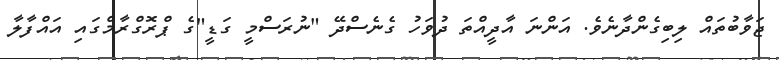
ޖަވާބުތައް ލިބިގެންދާނެވެ. އަންނަ އާދީއްތަ ދުވަހު ގެނެސްދޭ "ނުރަސްމީ ގަޑީ"ގެ ޕްރޮގްރާމްގައި އައްފާލާ